Scottish Leaving Certificate Examination, 1960
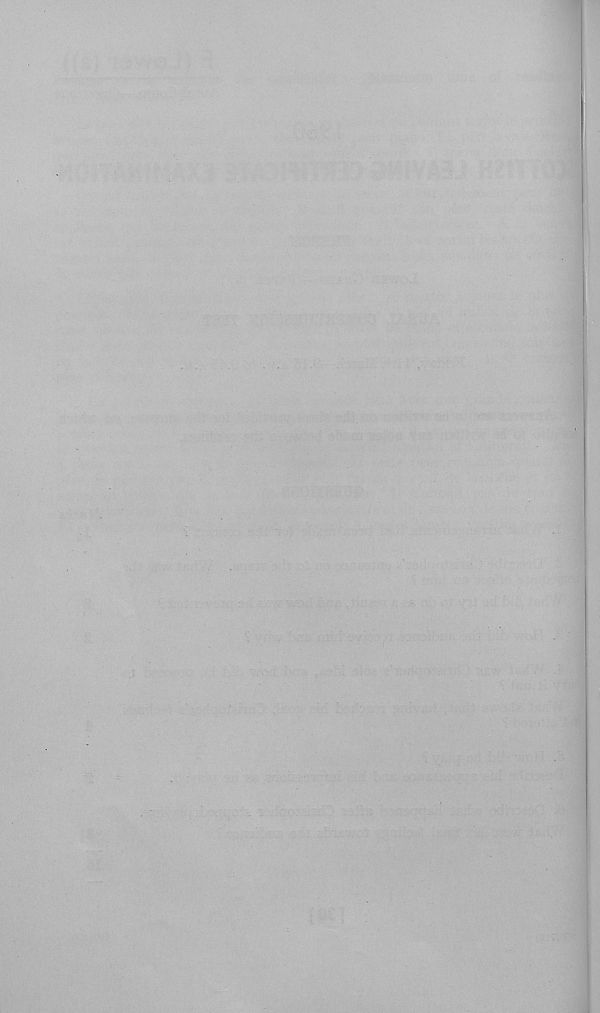
■ '
• -
.
- • ' ' ' ■ W ' ■ - ■ ■ S - S* L . . ' ' ,
‘ '